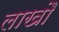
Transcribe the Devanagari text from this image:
लाखौ